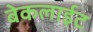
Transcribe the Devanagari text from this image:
बेकलाईट